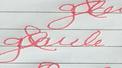
Signature authenticity: forged